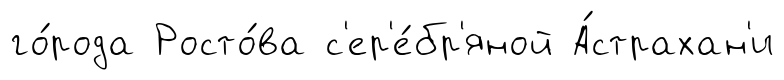
го́рода Росто́ва с'ер'е́бр'яной А́страхан'и